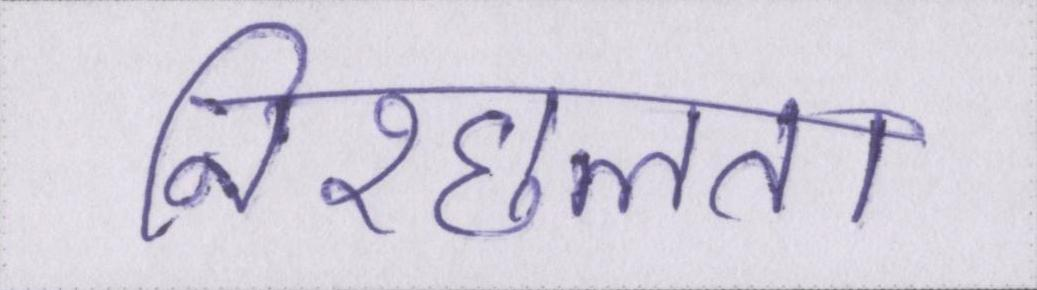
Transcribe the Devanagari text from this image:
निश्छलता